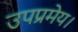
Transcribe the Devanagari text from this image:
उपप्रमेय।